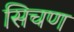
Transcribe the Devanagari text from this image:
सिचण